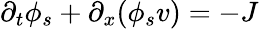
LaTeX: \partial_{t}\phi_{s}+\partial_{x}(\phi_{s}v)=-J